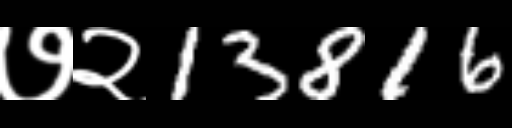
Text: ७२13816